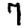
Digit: 7